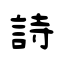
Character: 詩